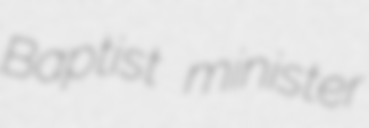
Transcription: Baptist minister